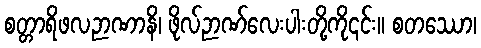
စတ္တာရိဖလဉာဏာနိ၊ ဖိုလ်ဉာဏ်လေးပါးတို့ကို၎င်း။ စတဿော၊